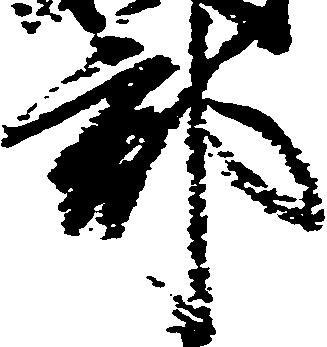
郡